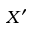
X ^ { \prime }